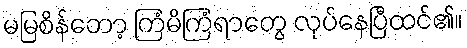
မမြစိန်တော့ ကြံမိကြံရာတွေ လုပ်နေပြီထင်၏။